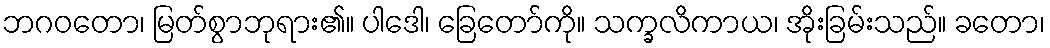
ဘဂဝတော၊ မြတ်စွာဘုရား၏။ ပါဒေါ၊ ခြေတော်ကို။ သက္ခလိကာယ၊ အိုးခြမ်းသည်။ ခတော၊